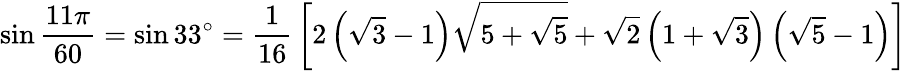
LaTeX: \sin{\frac{11\pi}{60}}=\sin 33^{\circ}={\frac{1}{16}}\left[2\left({\sqrt{3}}-1\right){\sqrt{5+{\sqrt{5}}}}+{\sqrt{2}}\left(1+{\sqrt{3}}\right)\left({\sqrt{5}}-1\right)\right]